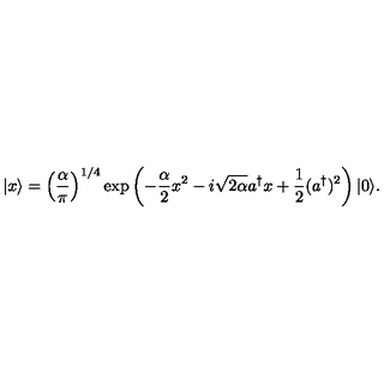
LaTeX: | x \rangle = \left( \frac { \alpha } { \pi } \right) ^ { 1 / 4 } \exp \left( - \frac { \alpha } { 2 } x ^ { 2 } - i \sqrt { 2 \alpha } a ^ { \dagger } x + \frac { 1 } { 2 } ( a ^ { \dagger } ) ^ { 2 } \right) | 0 \rangle .